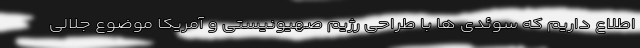
اطلاع داریم که سوئدی ها با طراحی رژیم صهیونیستی و آمریکا موضوع جلالی